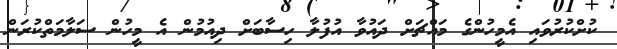
ކުށްކުރުވައި އެމީހުންގެ މައްޗަށް ދައުވާ އުފުލާ ހިސާބަށް ދިއުމުން އެ މީހުން ސަލާމަތްކުރަން